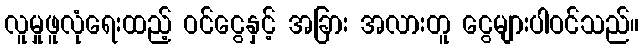
လူမှုဖူလုံရေးထည့် ဝင်ငွေနှင့် အခြား အလားတူ ငွေများပါဝင်သည်။